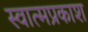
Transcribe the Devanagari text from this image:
स्वात्मप्रकाश